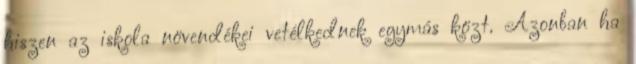
hiszen az iskola növendékei vetélkednek egymás közt. Azonban ha